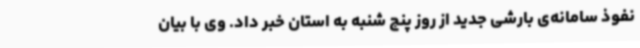
نفوذ سامانه‌ی بارشی جدید از روز پنج شنبه به استان خبر داد. وی با بیان